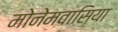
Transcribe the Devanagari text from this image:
मोनेमवासिया